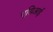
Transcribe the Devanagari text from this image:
एसिआई